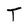
Character: T